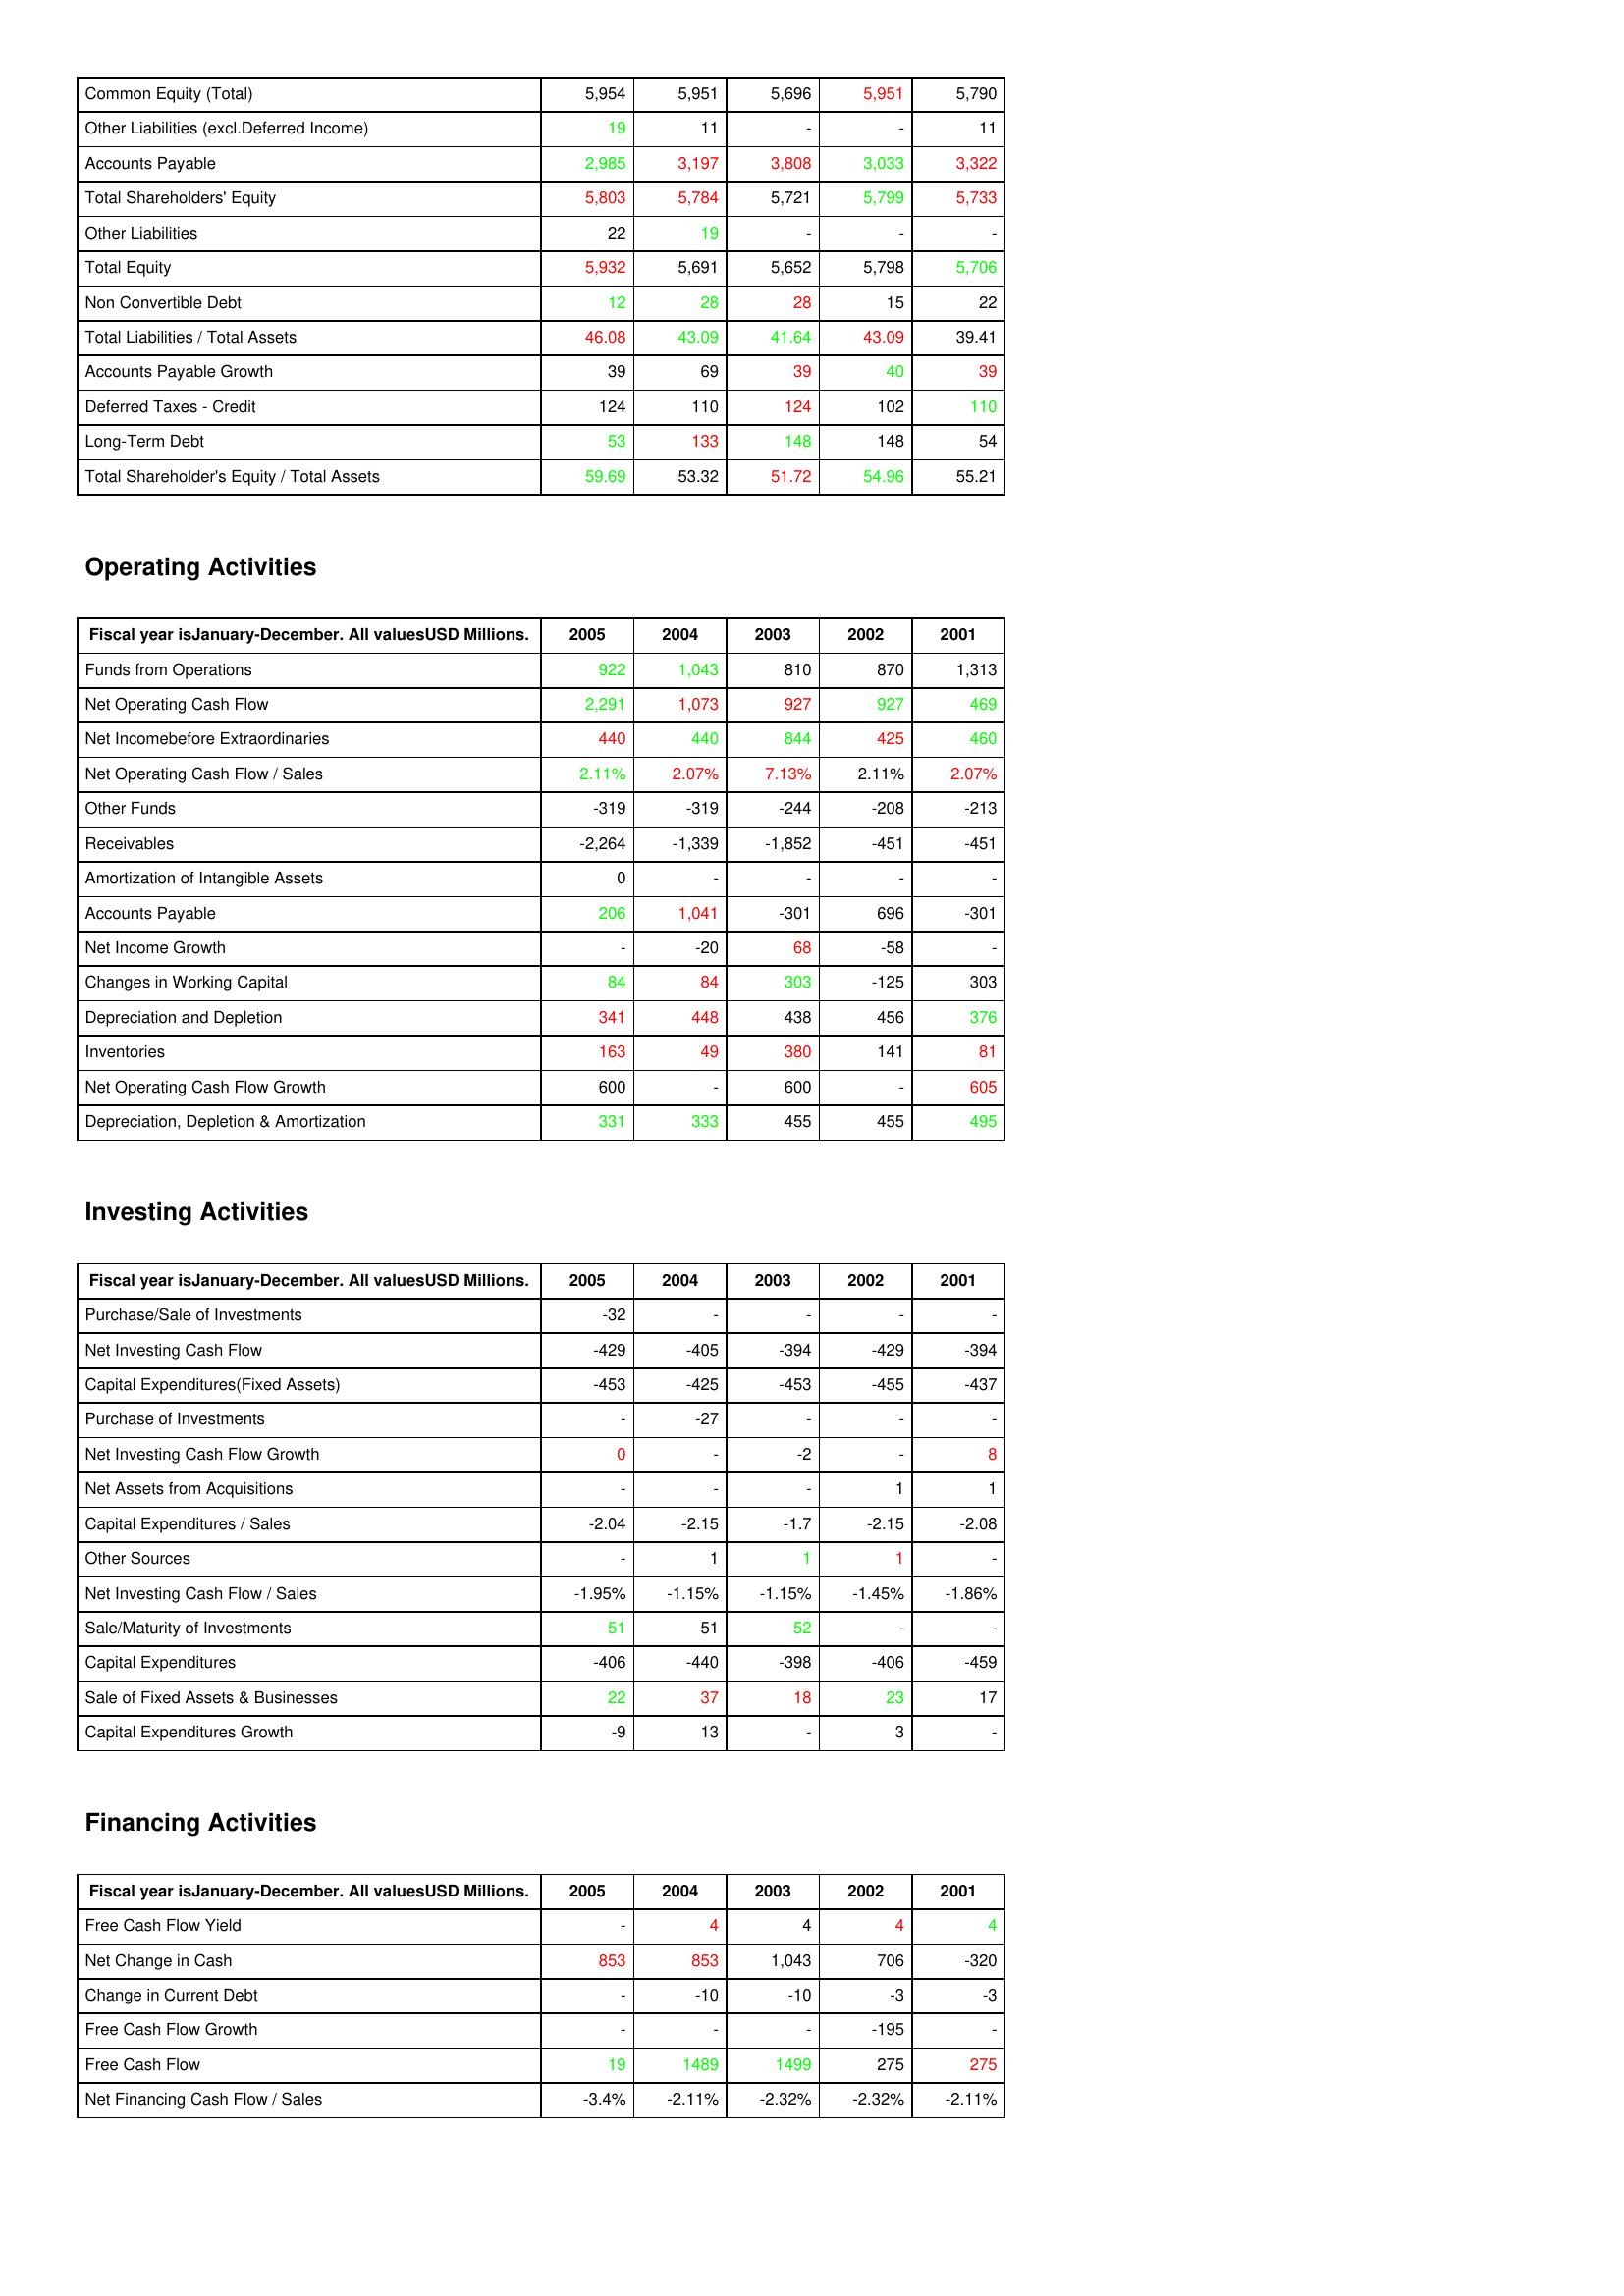
gt_parse: 2005: Liabilities & Shareholder's Equity: Common Equity (Total): 5,954
Other Liabilities (excl.Deferred Income): 19
Accounts Payable: 2,985
Total Shareholders' Equity: 5,803
Other Liabilities: 22
Total Equity: 5,932
Non Convertible Debt: 12
Total Liabilities / Total Assets: 46.08
Accounts Payable Growth: 39
Deferred Taxes - Credit: 124
Long-Term Debt: 53
Total Shareholder's Equity / Total Assets: 59.69
Operating Activities: Funds from Operations: 922
Net Operating Cash Flow: 2,291
Net Incomebefore Extraordinaries: 440
Net Operating Cash Flow / Sales: 2.11%
Other Funds: -319
Receivables: -2,264
Amortization of Intangible Assets: 0
Accounts Payable: 206
Net Income Growth: -
Changes in Working Capital: 84
Depreciation and Depletion: 341
Inventories: 163
Net Operating Cash Flow Growth: 600
Depreciation, Depletion & Amortization: 331
Investing Activities: Purchase/Sale of Investments: -32
Net Investing Cash Flow: -429
Capital Expenditures(Fixed Assets): -453
Purchase of Investments: -
Net Investing Cash Flow Growth: 0
Net Assets from Acquisitions: -
Capital Expenditures / Sales: -2.04
Other Sources: -
Net Investing Cash Flow / Sales: -1.95%
Sale/Maturity of Investments: 51
Capital Expenditures: -406
Sale of Fixed Assets & Businesses: 22
Capital Expenditures Growth: -9
Financing Activities: Free Cash Flow Yield: -
Net Change in Cash: 853
Change in Current Debt: -
Free Cash Flow Growth: -
Free Cash Flow: 19
Net Financing Cash Flow / Sales: -3.4%
2004: Liabilities & Shareholder's Equity: Common Equity (Total): 5,951
Other Liabilities (excl.Deferred Income): 11
Accounts Payable: 3,197
Total Shareholders' Equity: 5,784
Other Liabilities: 19
Total Equity: 5,691
Non Convertible Debt: 28
Total Liabilities / Total Assets: 43.09
Accounts Payable Growth: 69
Deferred Taxes - Credit: 110
Long-Term Debt: 133
Total Shareholder's Equity / Total Assets: 53.32
Operating Activities: Funds from Operations: 1,043
Net Operating Cash Flow: 1,073
Net Incomebefore Extraordinaries: 440
Net Operating Cash Flow / Sales: 2.07%
Other Funds: -319
Receivables: -1,339
Amortization of Intangible Assets: -
Accounts Payable: 1,041
Net Income Growth: -20
Changes in Working Capital: 84
Depreciation and Depletion: 448
Inventories: 49
Net Operating Cash Flow Growth: -
Depreciation, Depletion & Amortization: 333
Investing Activities: Purchase/Sale of Investments: -
Net Investing Cash Flow: -405
Capital Expenditures(Fixed Assets): -425
Purchase of Investments: -27
Net Investing Cash Flow Growth: -
Net Assets from Acquisitions: -
Capital Expenditures / Sales: -2.15
Other Sources: 1
Net Investing Cash Flow / Sales: -1.15%
Sale/Maturity of Investments: 51
Capital Expenditures: -440
Sale of Fixed Assets & Businesses: 37
Capital Expenditures Growth: 13
Financing Activities: Free Cash Flow Yield: 4
Net Change in Cash: 853
Change in Current Debt: -10
Free Cash Flow Growth: -
Free Cash Flow: 1489
Net Financing Cash Flow / Sales: -2.11%
2003: Liabilities & Shareholder's Equity: Common Equity (Total): 5,696
Other Liabilities (excl.Deferred Income): -
Accounts Payable: 3,808
Total Shareholders' Equity: 5,721
Other Liabilities: -
Total Equity: 5,652
Non Convertible Debt: 28
Total Liabilities / Total Assets: 41.64
Accounts Payable Growth: 39
Deferred Taxes - Credit: 124
Long-Term Debt: 148
Total Shareholder's Equity / Total Assets: 51.72
Operating Activities: Funds from Operations: 810
Net Operating Cash Flow: 927
Net Incomebefore Extraordinaries: 844
Net Operating Cash Flow / Sales: 7.13%
Other Funds: -244
Receivables: -1,852
Amortization of Intangible Assets: -
Accounts Payable: -301
Net Income Growth: 68
Changes in Working Capital: 303
Depreciation and Depletion: 438
Inventories: 380
Net Operating Cash Flow Growth: 600
Depreciation, Depletion & Amortization: 455
Investing Activities: Purchase/Sale of Investments: -
Net Investing Cash Flow: -394
Capital Expenditures(Fixed Assets): -453
Purchase of Investments: -
Net Investing Cash Flow Growth: -2
Net Assets from Acquisitions: -
Capital Expenditures / Sales: -1.7
Other Sources: 1
Net Investing Cash Flow / Sales: -1.15%
Sale/Maturity of Investments: 52
Capital Expenditures: -398
Sale of Fixed Assets & Businesses: 18
Capital Expenditures Growth: -
Financing Activities: Free Cash Flow Yield: 4
Net Change in Cash: 1,043
Change in Current Debt: -10
Free Cash Flow Growth: -
Free Cash Flow: 1499
Net Financing Cash Flow / Sales: -2.32%
2002: Liabilities & Shareholder's Equity: Common Equity (Total): 5,951
Other Liabilities (excl.Deferred Income): -
Accounts Payable: 3,033
Total Shareholders' Equity: 5,799
Other Liabilities: -
Total Equity: 5,798
Non Convertible Debt: 15
Total Liabilities / Total Assets: 43.09
Accounts Payable Growth: 40
Deferred Taxes - Credit: 102
Long-Term Debt: 148
Total Shareholder's Equity / Total Assets: 54.96
Operating Activities: Funds from Operations: 870
Net Operating Cash Flow: 927
Net Incomebefore Extraordinaries: 425
Net Operating Cash Flow / Sales: 2.11%
Other Funds: -208
Receivables: -451
Amortization of Intangible Assets: -
Accounts Payable: 696
Net Income Growth: -58
Changes in Working Capital: -125
Depreciation and Depletion: 456
Inventories: 141
Net Operating Cash Flow Growth: -
Depreciation, Depletion & Amortization: 455
Investing Activities: Purchase/Sale of Investments: -
Net Investing Cash Flow: -429
Capital Expenditures(Fixed Assets): -455
Purchase of Investments: -
Net Investing Cash Flow Growth: -
Net Assets from Acquisitions: 1
Capital Expenditures / Sales: -2.15
Other Sources: 1
Net Investing Cash Flow / Sales: -1.45%
Sale/Maturity of Investments: -
Capital Expenditures: -406
Sale of Fixed Assets & Businesses: 23
Capital Expenditures Growth: 3
Financing Activities: Free Cash Flow Yield: 4
Net Change in Cash: 706
Change in Current Debt: -3
Free Cash Flow Growth: -195
Free Cash Flow: 275
Net Financing Cash Flow / Sales: -2.32%
2001: Liabilities & Shareholder's Equity: Common Equity (Total): 5,790
Other Liabilities (excl.Deferred Income): 11
Accounts Payable: 3,322
Total Shareholders' Equity: 5,733
Other Liabilities: -
Total Equity: 5,706
Non Convertible Debt: 22
Total Liabilities / Total Assets: 39.41
Accounts Payable Growth: 39
Deferred Taxes - Credit: 110
Long-Term Debt: 54
Total Shareholder's Equity / Total Assets: 55.21
Operating Activities: Funds from Operations: 1,313
Net Operating Cash Flow: 469
Net Incomebefore Extraordinaries: 460
Net Operating Cash Flow / Sales: 2.07%
Other Funds: -213
Receivables: -451
Amortization of Intangible Assets: -
Accounts Payable: -301
Net Income Growth: -
Changes in Working Capital: 303
Depreciation and Depletion: 376
Inventories: 81
Net Operating Cash Flow Growth: 605
Depreciation, Depletion & Amortization: 495
Investing Activities: Purchase/Sale of Investments: -
Net Investing Cash Flow: -394
Capital Expenditures(Fixed Assets): -437
Purchase of Investments: -
Net Investing Cash Flow Growth: 8
Net Assets from Acquisitions: 1
Capital Expenditures / Sales: -2.08
Other Sources: -
Net Investing Cash Flow / Sales: -1.86%
Sale/Maturity of Investments: -
Capital Expenditures: -459
Sale of Fixed Assets & Businesses: 17
Capital Expenditures Growth: -
Financing Activities: Free Cash Flow Yield: 4
Net Change in Cash: -320
Change in Current Debt: -3
Free Cash Flow Growth: -
Free Cash Flow: 275
Net Financing Cash Flow / Sales: -2.11%